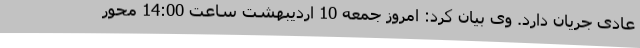
عادی جریان دارد. وی بیان کرد: امروز جمعه 10 اردیبهشت ساعت 14:00 محور